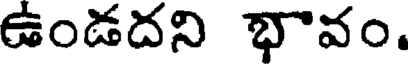
ఉండదని భావం.